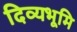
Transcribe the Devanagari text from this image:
दिव्यभूमि